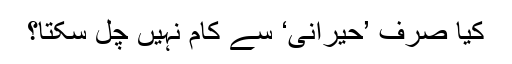
کیا صرف ’حیرانی‘ سے کام نہیں چل سکتا؟